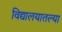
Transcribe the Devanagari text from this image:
विद्यालयातल्या